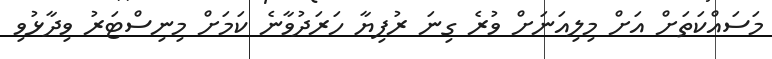
މަސައްކަތަށް އަށް މިލިއަނަށް ވުރެ ގިނަ ރުފިޔާ ހަރަދުވާނެ ކަމަށް މިނިސްޓަރު ވިދާޅުވި